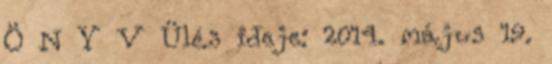
Ö N Y V Ülés ideje: 2014. május 19.